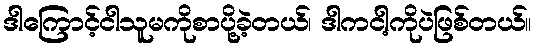
ဒါကြောင့်ငါသူမကိုစာပို့ခဲ့တယ်၊ ဒါကငါ့ကိုပဲဖြစ်တယ်။